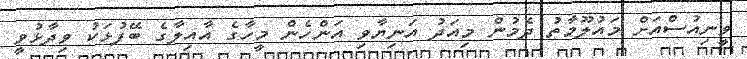
ވީނިއުސްއަށް މައުލޫމާތު ދެމުން މިއަދު އަނިިޔާވި އަންހެން މީހާގެ އާއިލާގެ ބޭފުޅަކު ވިދާޅުވީ